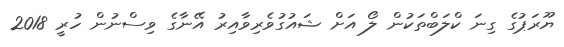
ޔޫރަޕުގެ ގިނަ ކްލަބްތަކުން ލޯ އަށް ޝައުގުވެރިވާއިރު އޭނާގެ ވިސްނުން ހުރީ 2018